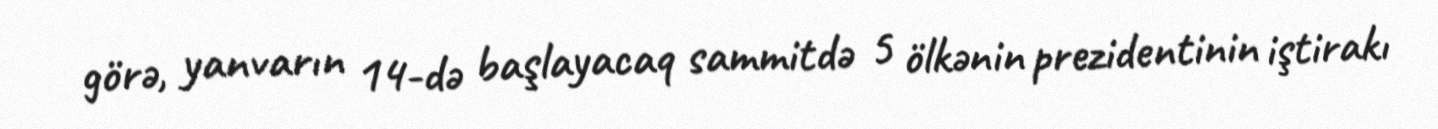
görə, yanvarın 14-də başlayacaq sammitdə 5 ölkənin prezidentinin iştirakı